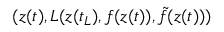
( \ensuremath { \boldsymbol { z } } ( t ) , L ( \ensuremath { \boldsymbol { z } } ( t _ { L } ) , f ( \ensuremath { \boldsymbol { z } } ( t ) ) , \tilde { f } ( \ensuremath { \boldsymbol { z } } ( t ) ) )